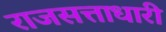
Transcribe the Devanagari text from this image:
राजसत्ताधारी